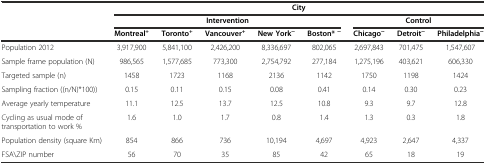
<table><thead><tr><td></td><td colspan="8"><b>City</b></td></tr><tr><td></td><td colspan="5"><b>Intervention</b></td><td colspan="3"><b>Control</b></td></tr><tr><td></td><td><b>Montreal<sup>+</sup></b></td><td><b>Toronto<sup>+</sup></b></td><td><b>Vancouver<sup>+</sup></b></td><td><b>New York<sup>~</sup></b></td><td><b>Boston*<sup>~</sup></b></td><td><b>Chicago<sup>~</sup></b></td><td><b>Detroit<sup>~</sup></b></td><td><b>Philadelphia<sup>~</sup></b></td></tr></thead><tbody><tr><td>Population 2012</td><td>3,917,900</td><td>5,841,100</td><td>2,426,200</td><td>8,336,697</td><td>802,065</td><td>2,697,843</td><td>701,475</td><td>1,547,607</td></tr><tr><td>Sample frame population (N)</td><td>986,565</td><td>1,577,685</td><td>773,300</td><td>2,754,792</td><td>277,184</td><td>1,275,196</td><td>403,621</td><td>606,330</td></tr><tr><td>Targeted sample (n)</td><td>1458</td><td>1723</td><td>1168</td><td>2136</td><td>1142</td><td>1750</td><td>1198</td><td>1424</td></tr><tr><td>Sampling fraction ((n/N)*100))</td><td>0.15</td><td>0.11</td><td>0.15</td><td>0.08</td><td>0.41</td><td>0.14</td><td>0.30</td><td>0.23</td></tr><tr><td>Average yearly temperature</td><td>11.1</td><td>12.5</td><td>13.7</td><td>12.5</td><td>10.8</td><td>9.3</td><td>9.7</td><td>12.8</td></tr><tr><td>Cycling as usual mode of transportation to work %</td><td>1.6</td><td>1.0</td><td>1.7</td><td>0.8</td><td>1.4</td><td>1.3</td><td>0.3</td><td>1.8</td></tr><tr><td>Population density (square Km)</td><td>854</td><td>866</td><td>736</td><td>10,194</td><td>4,697</td><td>4,923</td><td>2,647</td><td>4,337</td></tr><tr><td>FSA\ZIP number</td><td>56</td><td>70</td><td>35</td><td>85</td><td>42</td><td>65</td><td>18</td><td>19</td></tr></tbody></table>